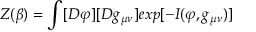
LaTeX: Z ( \beta ) = \int _ { } ^ { } [ { \cal D } \varphi ] [ { \cal D } g _ { \mu \nu } ] e x p [ - I ( \varphi , g _ { \mu \nu } ) ]